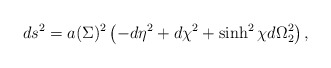
\begin{align*}ds^2=a(\Sigma)^2\left(-d\eta^2+d\chi^2+\sinh^2 \chi d\Omega_2^2\right) ,\end{align*}